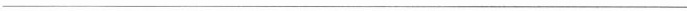
___